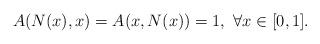
LaTeX: \begin{align*}A(N(x),x)=A(x,N(x))=1, \ \forall x\in [0,1].\end{align*}